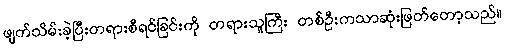
ဖျက်သိမ်းခဲ့ပြီးတရားစီရင်ခြင်းကို တရားသူကြီး တစ်ဦးကသာဆုံးဖြတ်တော့သည်။